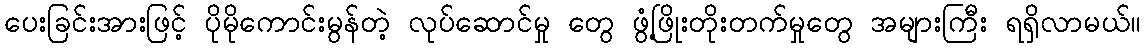
ပေးခြင်းအားဖြင့် ပိုမိုကောင်းမွန်တဲ့ လုပ်ဆောင်မှု တွေ ဖွံ့ဖြိုးတိုးတက်မှုတွေ အများကြီး ရရှိလာမယ်။